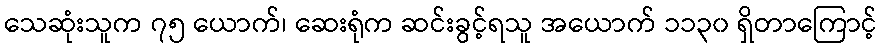
သေဆုံးသူက ၇၅ ယောက်၊ ဆေးရုံက ဆင်းခွင့်ရသူ အယောက် ၁၁၃၀ ရှိတာကြောင့်